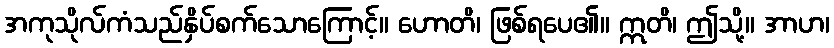
အကုသိုလ်ကံသည်နှိပ်စက်သောကြောင့်။ ဟောတိ၊ ဖြစ်ရပေ၏။ ဣတိ၊ ဤသို့။ အာဟ၊